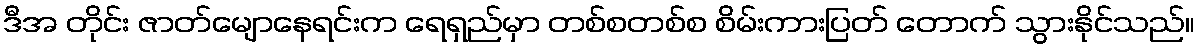
ဒီအ တိုင်း ဇာတ်မျောနေရင်းက ရေရှည်မှာ တစ်စတစ်စ စိမ်းကားပြတ် တောက် သွားနိုင်သည်။